Insane asylums Bombay 1873-77 - 1873-1877
Year: 1873
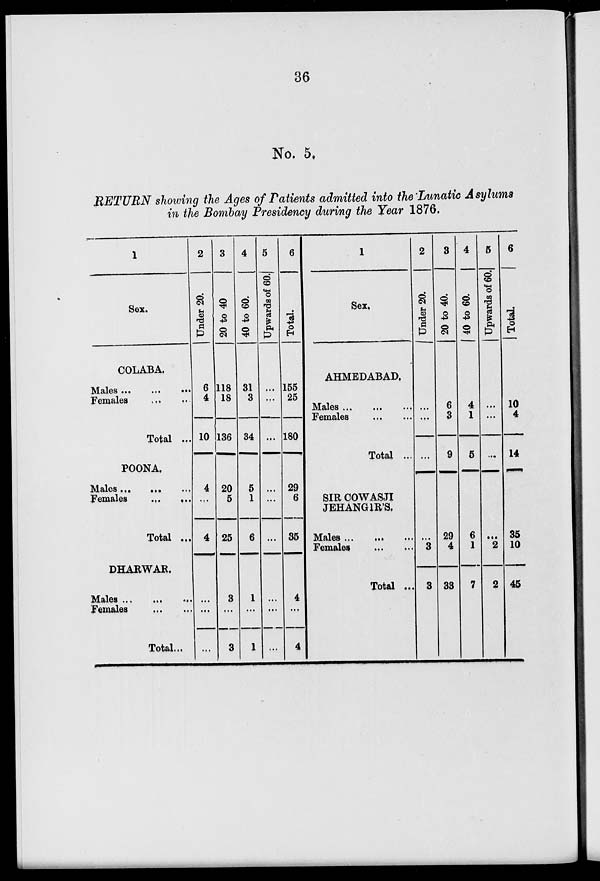
36
No. 5.
RETURN showing the Ages of Patients admitted into the Lunatic Asylums
in the Bombay Presidency during the Year 1876.
1
Sex.
COLABA.
Males ...
... ...
Females ... ...
Total ...
POONA.
Males ... ... ...
Females ... ...
Total ...
DHARWAR.
Males ... ... ...
Females ... ...
Total...
2
Under 20.
6
4
10
4
...
4
...
...
...
3
20 to 40
118
18
136
20
5
25
3
...
3
4
40 to 60.
31
3
34
5
1
6
1
...
1
5
Upwards of 60.
...
...
...
...
...
...
...
...
...
6
Total.
155
25
180
29
6
35
4
...
4
1
Sex.
AHMEDABAD.
Males ... ... ...
Females ... ...
Total ...
SIR COWASJI
JEHANGIR'S.
Males ... ... ...
Females ... ...
Total ...
2
Under 20.
...
...
...
...
3
3
3
20 to 40.
6
3
9
29
4
33
4
40 to 60.
4
1
5
6
1
7
5
Upwards of 60.
...
...
...
...
2
2
6
Total.
10
4
14
35
10
45